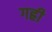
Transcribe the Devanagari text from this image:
गह्री